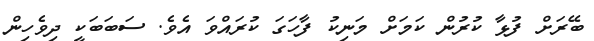
ބޭރަށް ފުޅާ ކުރުން ކަމަށް މަނިކު ފާހަގަ ކުރައްވަ އެވެ. ސަބަބަކީ ދިވެހިން